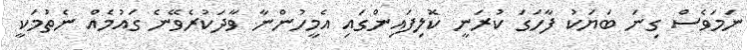
ނަމަވެސް ގިނަ ބަޔަކު ފާހަގަ ކުރަނީ ކޮލިފައިންގައި އެމީހުންނާ ވާދަކުރެވޭނެ ގައުމެއް ނެތުމަކީ